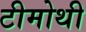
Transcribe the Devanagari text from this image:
टीमोथी